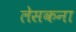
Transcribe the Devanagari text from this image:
लेसकना